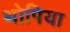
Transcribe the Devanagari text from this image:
थोपिया